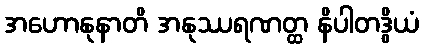
အဟောနုနာတိ အနုဿရဏတ္ထ နိပါတဒွိယံ